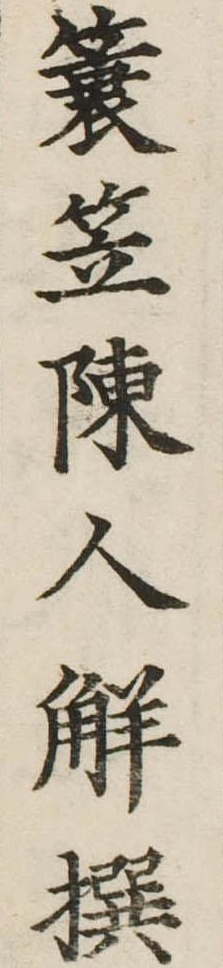
簑笠陳人解撰